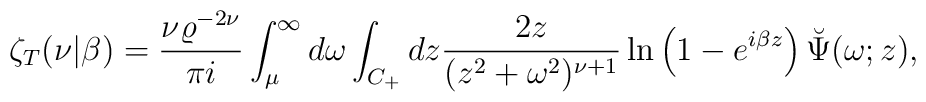
\zeta_T(\nu|\beta)={\nu \varrho^{-2\nu}\over \pi i}\int_{\mu}^{\infty} d\omega \int_{C_+} dz{2z \over (z^2+\omega^2)^{\nu+1}}\ln\left(1-e^{i\beta z}\right)\breve{\Psi}(\omega;z),